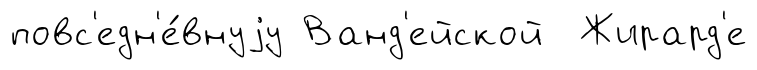
повс'едн'е́внуjу Ванд'ейской Жирард'е